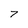
Character: 7